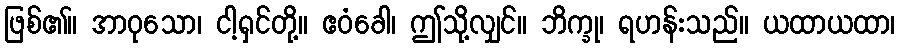
ဖြစ်၏။ အာဝုသော၊ ငါ့ရှင်တို့။ ဧဝံခေါ၊ ဤသို့လျှင်။ ဘိက္ခု၊ ရဟန်းသည်။ ယထာယထာ၊